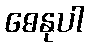
ဓေနုပါ